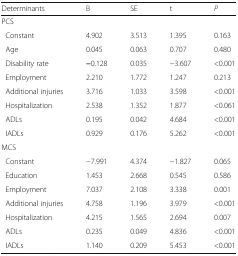
<table><thead><tr><td><b>Determinants</b></td><td><b>B</b></td><td><b>SE</b></td><td><b>t</b></td><td><b><i>P</i></b></td></tr></thead><tbody><tr><td colspan="5">PCS</td></tr><tr><td> Constant</td><td>4.902</td><td>3.513</td><td>1.395</td><td>0.163</td></tr><tr><td> Age</td><td>0.045</td><td>0.063</td><td>0.707</td><td>0.480</td></tr><tr><td> Disability rate</td><td><b>−</b>0.128</td><td>0.035</td><td>−3.607</td><td>&lt;0.001</td></tr><tr><td> Employment</td><td>2.210</td><td>1.772</td><td>1.247</td><td>0.213</td></tr><tr><td> Additional injuries</td><td>3.716</td><td>1.033</td><td>3.598</td><td>&lt;0.001</td></tr><tr><td> Hospitalization</td><td>2.538</td><td>1.352</td><td>1.877</td><td>&lt;0.061</td></tr><tr><td> ADLs</td><td>0.195</td><td>0.042</td><td>4.684</td><td>&lt;0.001</td></tr><tr><td> IADLs</td><td>0.929</td><td>0.176</td><td>5.262</td><td>&lt;0.001</td></tr><tr><td colspan="5">MCS</td></tr><tr><td> Constant</td><td>−7.991</td><td>4.374</td><td>−1.827</td><td>0.065</td></tr><tr><td> Education</td><td>1.453</td><td>2.668</td><td>0.545</td><td>0.586</td></tr><tr><td> Employment</td><td>7.037</td><td>2.108</td><td>3.338</td><td>0.001</td></tr><tr><td> Additional injuries</td><td>4.758</td><td>1.196</td><td>3.979</td><td>&lt;0.001</td></tr><tr><td> Hospitalization</td><td>4.215</td><td>1.565</td><td>2.694</td><td>0.007</td></tr><tr><td> ADLs</td><td>0.235</td><td>0.049</td><td>4.836</td><td>&lt;0.001</td></tr><tr><td> IADLs</td><td>1.140</td><td>0.209</td><td>5.453</td><td>&lt;0.001</td></tr></tbody></table>